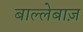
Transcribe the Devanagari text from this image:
बाल्लेबाज़